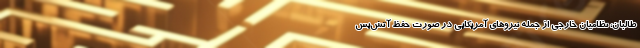
طالبان، نظامیان خارجی از جمله نیروهای آمریکایی در صورت حفظ آتش‌بس